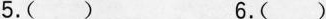
5.( ) 6.( )